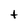
Character: t